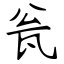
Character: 瓮